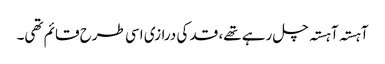
آہستہ آہستہ چل رہے تھے، قد کی درازی اسی طرح قائم تھی۔